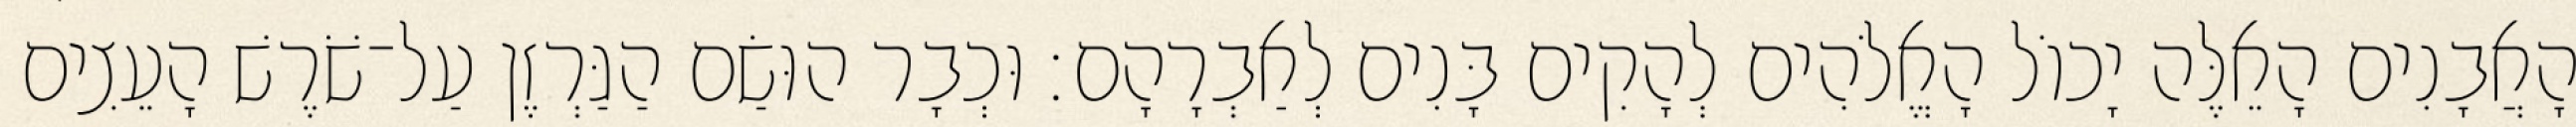
הָאֲבָנִים הָאֵלֶּה יָכוֹל הָאֱלֹהִים לְהָקִים בָּנִים לְאַבְרָהָם׃ וּכְבָר הוּשַׂם הַגַּרְזֶן עַל־שֹׁרֶשׁ הָעֵצִים